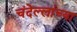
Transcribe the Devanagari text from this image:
चंदेल्लांच्या